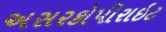
અસરકોપીરાઇટ